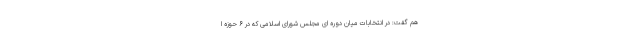
هم گفت: در انتخابات میان دوره ای مجلس شورای اسلامی که در ۶ حوزه ا